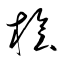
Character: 檜